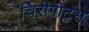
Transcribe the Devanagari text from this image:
चिरीगोटस